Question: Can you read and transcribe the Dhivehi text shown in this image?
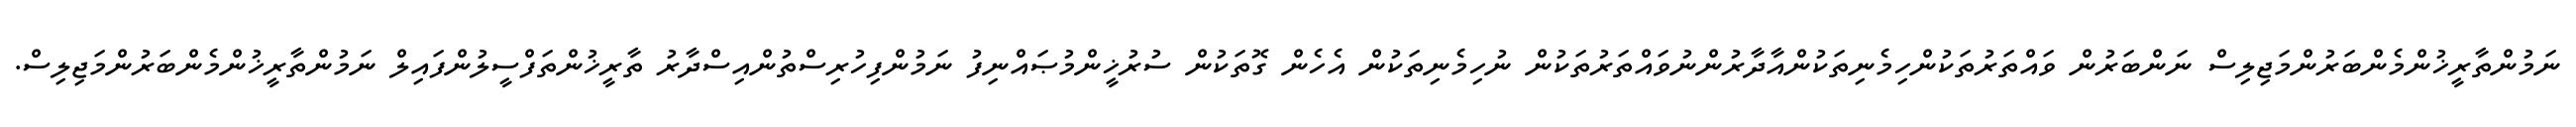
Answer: ނަމުންތާރީޚުންމެންބަރުންމަޖިލިސް ނަންބަރުން ވައްތަރުތަކުންހިމެނިތަކުންއާދާރުންނުވައްތަރުތަކުން ނުހިމެނިތަކުން އެހެން ގޮތަކުން ސުރުޚީންމުޞައްނިފު ނަމުންފިހުރިސްތުންއިސްދާރު ތާރީޚުންތަފްސީލުންފައިލް ނަމުންތާރީޚުންމެންބަރުންމަޖިލިސް.